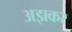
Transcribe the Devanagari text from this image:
अझकर